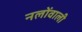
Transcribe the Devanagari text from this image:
नलोंवाली